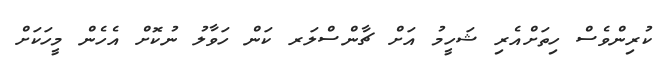
ކުރިންވެސް ހިތަށްއެރި ޝަހީމު އަށް ޗާންސްލަރ ކަން ހަވާލު ނުކޮށް އެހެން މީހަކަށް